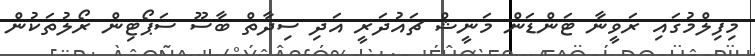
މިފިލްމުގައި ރަވީނާ ޓަންޑަން މަނީޝް ޗައުދަރީ އަދި ސިދާތް ބާސޫ ސަޕޯޓިން ރޯލުތަކުން